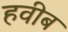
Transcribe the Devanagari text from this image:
हवीब